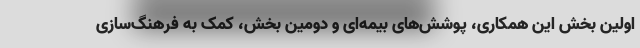
اولین بخش این همکاری، پوشش‌های بیمه‌ای و دومین بخش، کمک به فرهنگ‌سازی